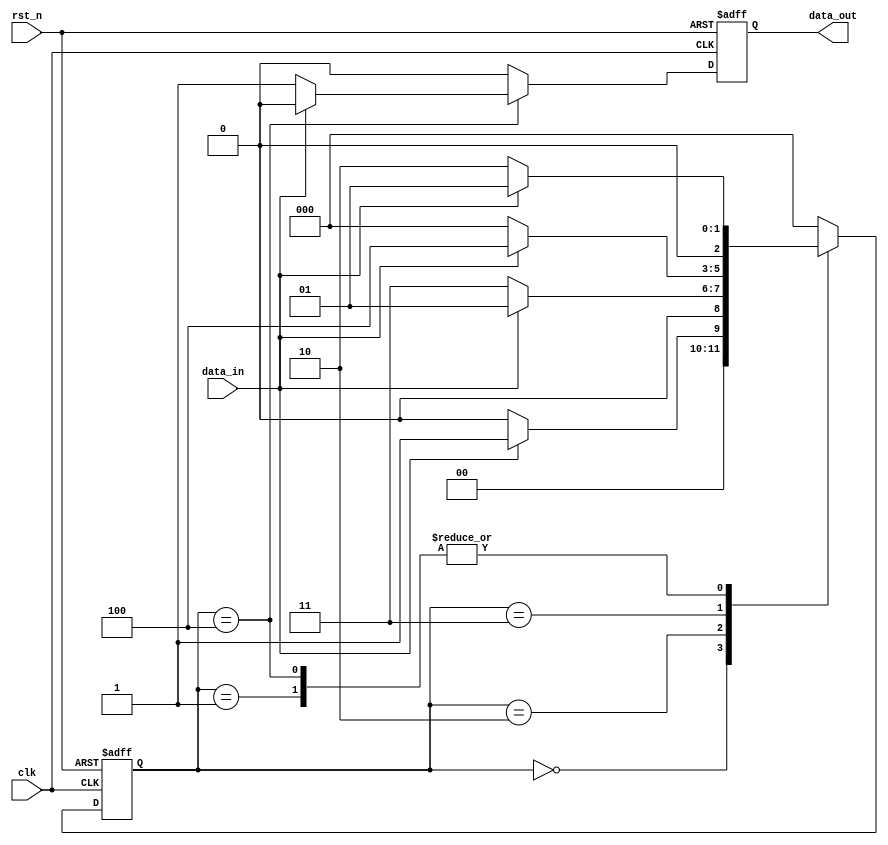
// This program was cloned from: https://github.com/sspku-mzj/Verilog_Module
// License: Apache License 2.0

// Mealy: , 
// MealyMoore
// IDLE :,1A,0
// A    :       ,0B,1
// B    :       ,0C,1 A
// C    :       ,1D,0 IDLE
// D    :       ,0,1 A


// : 0 B, 1 A
// : 0 IDLE, 1 A

module Mealy_10010 #(
    parameter REPEAT = 1'b1         // 1:   0:
)(
    input           data_in,
    input           clk,
    input           rst_n,
    output  reg     data_out
);

    reg [2:0]   current_state;
    reg [2:0]   next_state;

    localparam  IDLE    = 3'd0,
                A       = 3'd1,
                B       = 3'd2,
                C       = 3'd3,
                D       = 3'd4;
    
    // first
    always @(posedge clk or negedge rst_n) begin
        if(!rst_n)
            current_state <= IDLE;
        else 
            current_state <= next_state;
    end

    // second
    always @(*) begin
        next_state = IDLE;
        case (current_state)
            IDLE    : next_state = data_in ? A : IDLE;
            A       : next_state = data_in ? A : B;
            B       : next_state = data_in ? A : C;
            C       : next_state = data_in ? D : IDLE;
            D       : next_state = REPEAT ? (data_in ? A : B) : (data_in ? A : IDLE);
            default : next_state = IDLE; 
        endcase
    end

    // third
    always @(posedge clk or negedge rst_n) begin
        if(!rst_n)
            data_out <= 1'b0;
        else begin
            case(current_state)
                D : begin
                    if(data_in == 1'b0)
                        data_out <= 1'b1;
                    else 
                        data_out <= 1'b0;
                end
                default : data_out <= 1'b0;
            endcase
        end
    end
endmodule